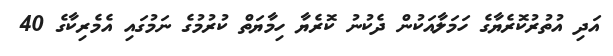
އަދި އުތުރުކޮރެޔާގެ ހަމަލާއަކުން ދެކުނު ކޮރެޔާ ހިމާޔަތް ކުރުމުގެ ނަމުގައި އެމެރިކާގެ 40